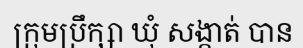
ក្រុមប្រឹក្សា ឃុំ សង្កាត់ បាន